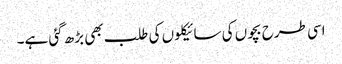
اسی طرح بچوں کی سائیکلوں کی طلب بھی بڑھ گئی ہے۔